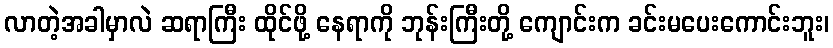
လာတဲ့အခါမှာလဲ ဆရာကြီး ထိုင်ဖို့ နေရာကို ဘုန်းကြီးတို့ ကျောင်းက ခင်းမပေးကောင်းဘူး၊